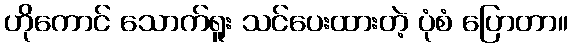
ဟိုကောင် သောက်ရူး သင်ပေးထားတဲ့ ပုံစံ ပြောတာ။